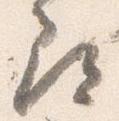
尋